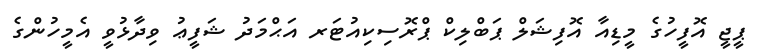
ޕީޖީ އޮފީހުގެ މީޑިއާ އޮފިޝަލް ޕަބްލިކް ޕްރޮސިކިއުޓަރ އަޙްމަދު ޝަފީޢު ވިދާޅުވީ އެމީހުންގެ